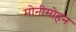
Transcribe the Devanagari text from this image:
मोनीमोहन